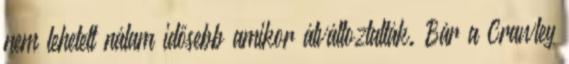
nem lehetett nálam idősebb amikor átváltoztatták. Bár a Crawley